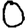
Digit: 0